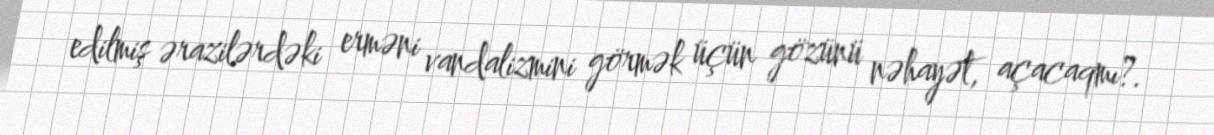
edilmiş ərazilərdəki erməni vandalizmini görmək üçün gözünü nəhayət, açacaqmı?.